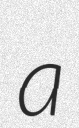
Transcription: a